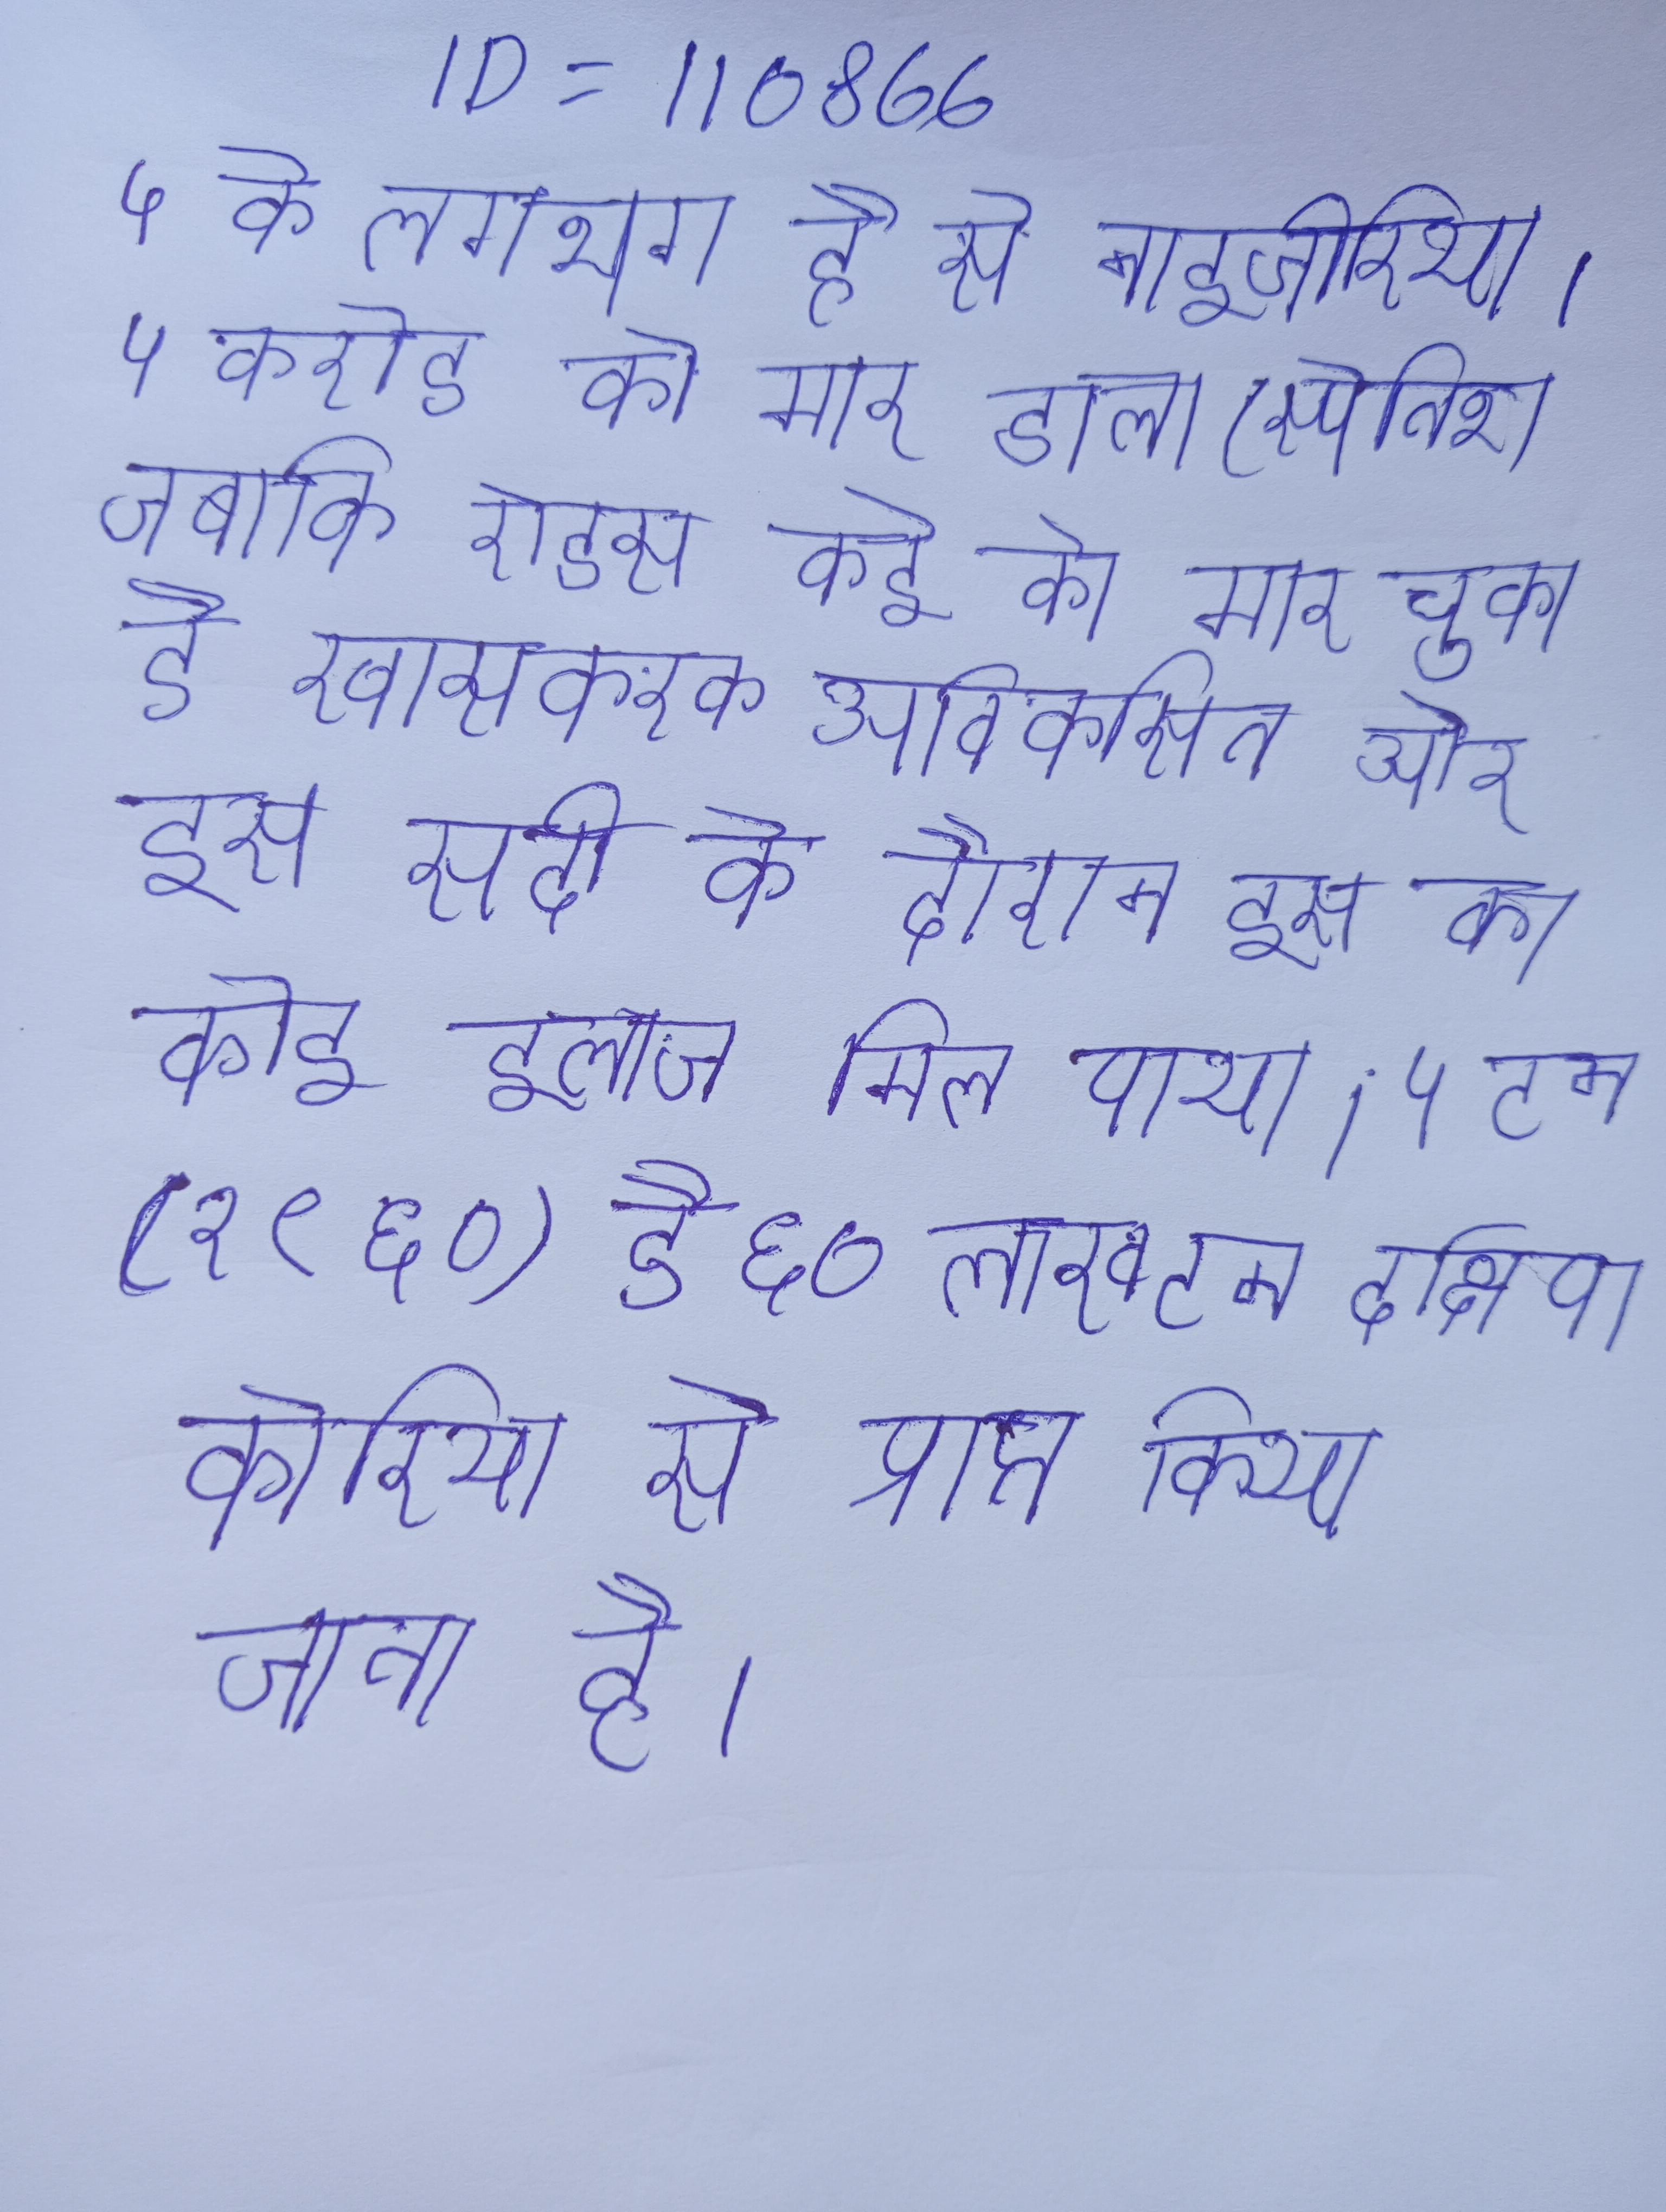
५ के लगभग है, से नाइजीरिया । ५ करोड को मार डाला (स्पेनिश जबकि ऐड्स कई को मार चुका है खासकरके अविकसित और इस सदी के दौरान इस का कोई इलाज मिल पाया । ५ टन (१९६०) है ६० लाख टन दक्षिण कोरिया से प्राप्त किया जाता है ।